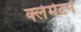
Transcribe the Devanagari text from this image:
क्लेमेटन